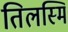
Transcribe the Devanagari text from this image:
तिलस्मि